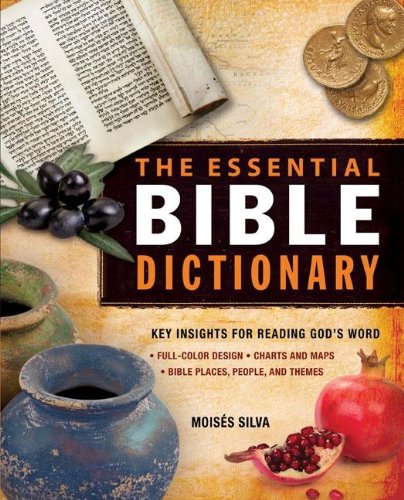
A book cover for The Essential Bible Dictionary: Key Insights for Reading God's Word (Essential Bible Companion Series); MoisÃ©s Silva; Christian Books & Bibles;